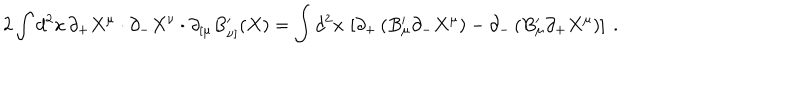
2 \int d ^ { 2 } x \, \partial _ { + } X ^ { \mu } \cdot \partial _ { - } X ^ { \nu } \cdot \partial _ { [ \mu } B _ { \nu ] } ^ { \prime } ( X ) = \int d ^ { 2 } x \, \left[ \partial _ { + } \left( B _ { \mu } ^ { \prime } \partial _ { - } X ^ { \mu } \right) - \partial _ { - } \left( B _ { \mu } ^ { \prime } \partial _ { + } X ^ { \mu } \right) \right] \ .